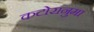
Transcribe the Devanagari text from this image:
कटोरानुमा